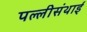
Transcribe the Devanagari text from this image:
पल्‍लीसंथाई